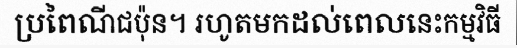
ប្រពៃណីជប៉ុន។ រហូតមកដល់ពេលនេះកម្មវិធី